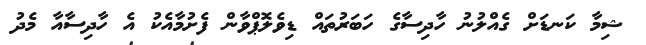
ޝިމާ ކަނޑަށް ގެއްލުނު ހާދިސާގެ ހަބަރުތައް ޑިވެލޮޕްވާން ފެށުމާއެކު އެ ހާދިސާއާ މެދު